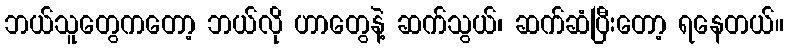
ဘယ်သူတွေကတော့ ဘယ်လို ဟာတွေနဲ့ ဆက်သွယ်၊ ဆက်ဆံပြီးတော့ ရနေတယ်။